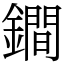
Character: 鐧